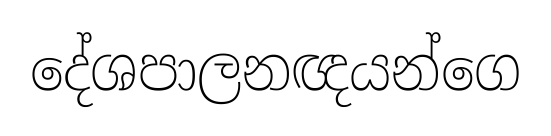
දේශපාලනඥයන්ගෙ